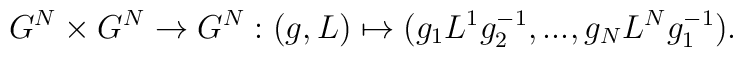
G^{N}\times G^{N}\rightarrow G^{N}:(g,L)\mapsto(g_{1}L^{1}g_{2}^{-1},...,g_{N}L^{N}g_{1}^{-1}).